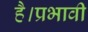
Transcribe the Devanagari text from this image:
है।प्रभावी